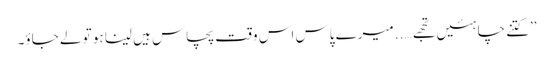
’’کتنے چاہئیں تجھے….. میرے پاس اس وقت پچاس ہیں لینا ہو تو لے جاؤ۔